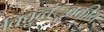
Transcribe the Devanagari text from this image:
विद्युच्चंुबकीय